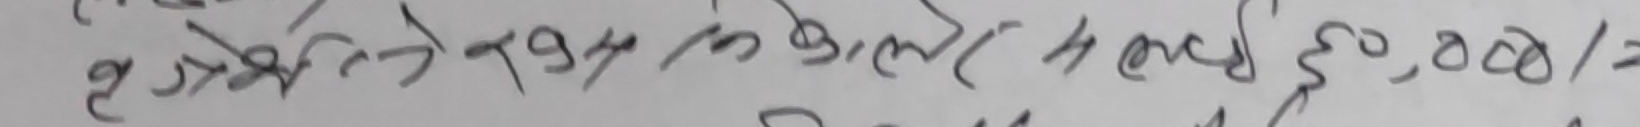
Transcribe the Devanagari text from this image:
२०१९ प्रतिमहिना ले ४ महिना ५०,००४/=